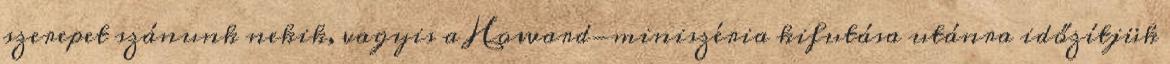
szerepet szánunk nekik, vagyis a Howard-miniszéria kifutása utánra időzítjük